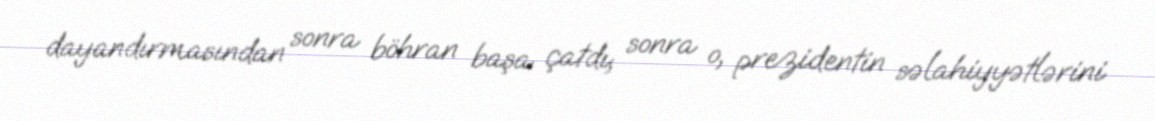
dayandırmasından sonra böhran başa çatdı; sonra o, prezidentin səlahiyyətlərini